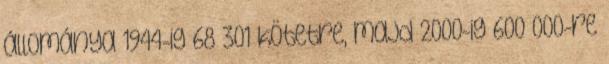
állománya 1944-ig 68 301 kötetre, majd 2000-ig 600 000-re